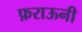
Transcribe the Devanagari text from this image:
फ़राऊनी